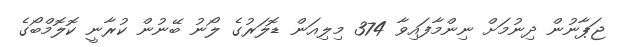
ޖަޕާނުން ދިނުމަށް ނިންމާފައިވާ 374 މިލިއަން ޑޮލަރުގެ ލޯނު ބޭނުން ކުރާނީ ކޮލޮމްބޯގެ